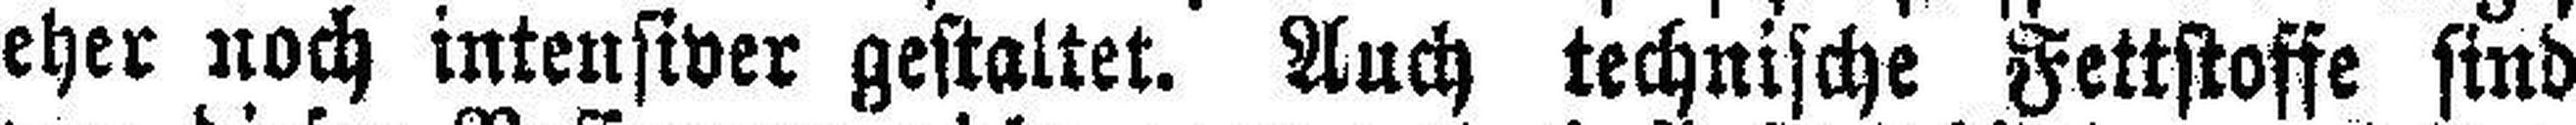
eher noch intensiver gestaltet. Auch technische Fettstoffe sind